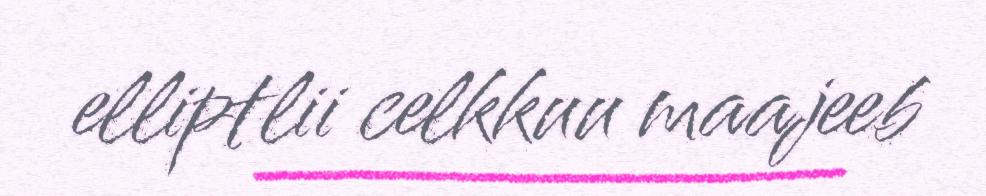
elliptlii celkkuu maajeeb